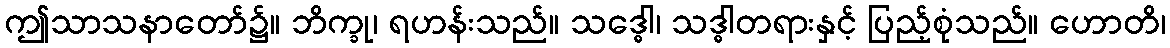
ဤသာသနာတော်၌။ ဘိက္ခု၊ ရဟန်းသည်။ သဒ္ဓေါ၊ သဒ္ဓါတရားနှင့် ပြည့်စုံသည်။ ဟောတိ၊